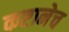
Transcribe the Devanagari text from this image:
कष्टानेच